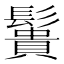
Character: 䰎